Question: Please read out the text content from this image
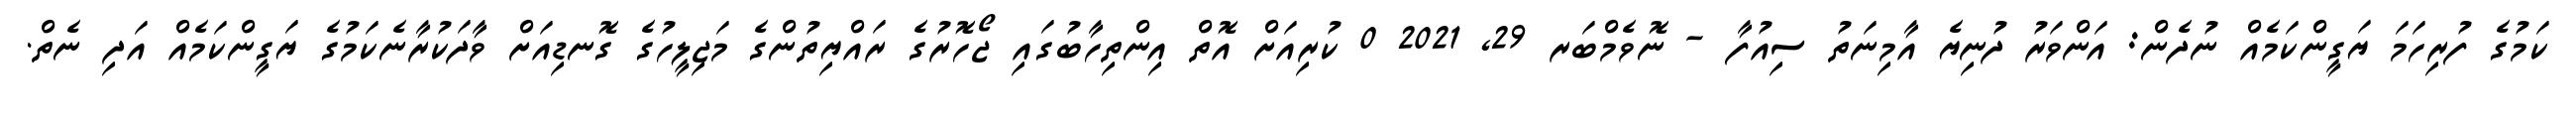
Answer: ކަމުގެ ފުރިހަމަ ޔަގީންކަމެއް ނުދެން: އަންވަރު ދުނިޔެ އާމިނަތު ސިއުފާ - ނޮވެމްބަރ 29, 2021 0 ކުރިއަށް އޮތް އިންތިހާބުގައި ޖޯހޮރުގެ ރައްޔިތުންގެ މަޖިލީހުގެ ގޮނޑިއަށް ވާދަކުރާނެކަމުގެ ޔަގީންކަމެއް އަދި ނެތް.